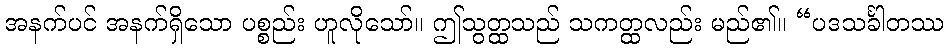
အနက်ပင် အနက်ရှိသော ပစ္စည်း ဟူလိုသော်။ ဤသွတ္ထသည် သကတ္ထလည်း မည်၏။ “ပဒသင်္ခါတဿ